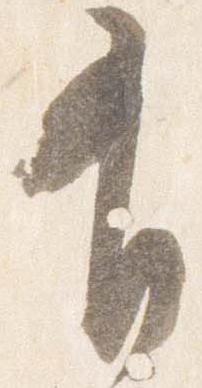
有